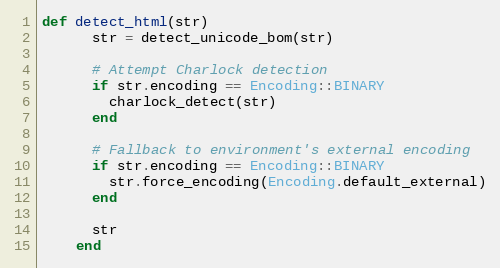
Language: Ruby
def detect_html(str)
      str = detect_unicode_bom(str)

      # Attempt Charlock detection
      if str.encoding == Encoding::BINARY
        charlock_detect(str)
      end

      # Fallback to environment's external encoding
      if str.encoding == Encoding::BINARY
        str.force_encoding(Encoding.default_external)
      end

      str
    end